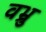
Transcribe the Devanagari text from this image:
वभ्रु